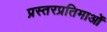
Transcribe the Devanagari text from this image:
प्रस्तरप्रतिमाओं